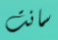
سانت